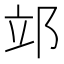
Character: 𨚪